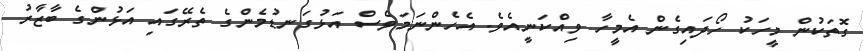
ގޮތަކުން މީހަކު ހޯދައިގެން އެމީހާ ވިއްކަނީއެވެ. އެހެންނަމަވެސް އަޅުގަނޑުމެންގެ ތެރޭގައި އަޅުންގެ ބާޒާރު